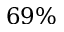
6 9 \%